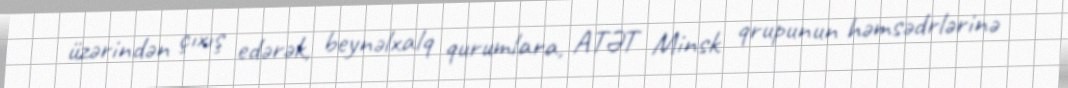
üzərindən çıxış edərək, beynəlxalq qurumlara, ATƏT Minsk qrupunun həmsədrlərinə